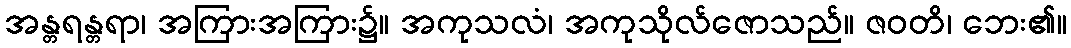
အန္တရန္တရာ၊ အကြားအကြား၌။ အကုသလံ၊ အကုသိုလ်ဇောသည်။ ဇဝတိ၊ ဘေး၏။